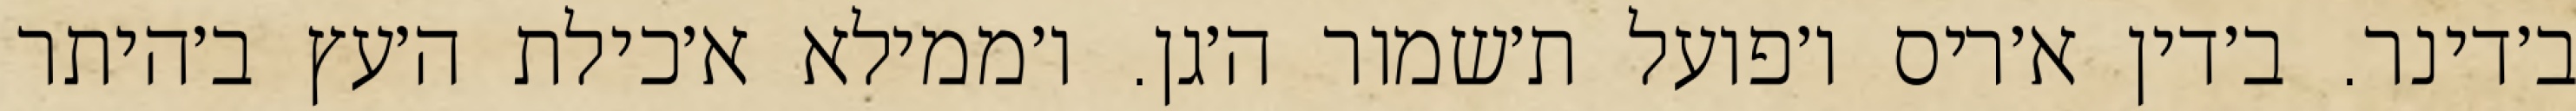
ב׳דינר. ב׳דין א׳ריס ו׳פועל ת׳שמור ה׳גן. ו׳ממילא א׳כילת ה׳עץ ב׳היתר